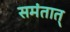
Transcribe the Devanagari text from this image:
समंतात्